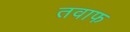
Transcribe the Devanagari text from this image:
तवाफ